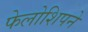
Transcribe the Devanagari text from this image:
फेलोशिपने